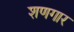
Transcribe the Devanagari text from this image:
शणगार